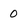
Character: 0